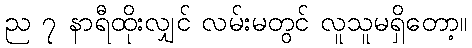
ည ၇ နာရီထိုးလျှင် လမ်းမတွင် လူသူမရှိတော့။